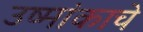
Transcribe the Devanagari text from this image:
उष्मांकाचे